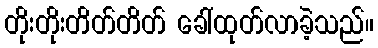
တိုးတိုးတိတ်တိတ် ခေါ်ထုတ်လာခဲ့သည်။